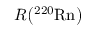
R \big ( \mathrm { ^ { 2 2 0 } R n } \big )